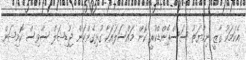
އެކަމަކު ގާޒީ ނިހާޔަތު ސަސްޕެންޑްކުރީ ކޮން މައްސަލައަކާ ގުޅިގެންކަން ޖުޑިޝަލް ސާވިސް ކޮމިޝަން